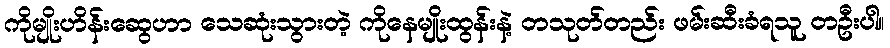
ကိုမျိုးဟိန်းဆွေဟာ သေဆုံးသွားတဲ့ ကိုနေမျိုးထွန်းနဲ့ တသုတ်တည်း ဖမ်းဆီးခံရသူ တဦးပါ။